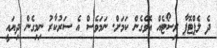
ދެ ލެޕްޓޮޕާ ރިސޯޓެއް އޮވެގެން ކަމަށް. ނަމަވެސް އެ ސަރުކާރު ނިމިގެން ދިޔައީ